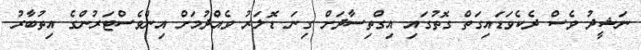
ނަޝީދު ވެސް ދެކެވަޑައިގަތް ގޮތުގައި އިގްތިސާދަށް ގިނަ ޑޮލަރު ވެއްދުމަށް އިންވެސްޓަރުންގެ އިތުބާރު